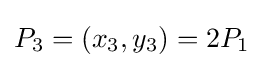
P_{3}=(x_{3},y_{3})=2P_{1}